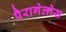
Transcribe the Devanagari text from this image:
पैरागेलोस